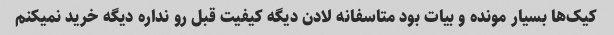
کیک‌ها بسیار مونده و بیات بود متاسفانه لادن دیگه کیفیت قبل رو نداره دیگه خرید نمیکنم